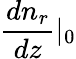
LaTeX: {\frac{dn_{r}}{dz}}|_{0}